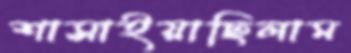
শাসাইয়াছিলাম